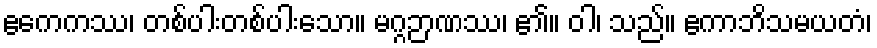
ဧကေကဿ၊ တစ်ပါးတစ်ပါးသော။ မဂ္ဂဉာဏဿ၊ ၏။ ဝါ၊ သည်။ ဧကာဘိသမယတံ၊